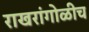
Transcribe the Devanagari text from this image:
राखरांगोळीच